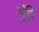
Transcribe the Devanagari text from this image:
मुँहे